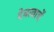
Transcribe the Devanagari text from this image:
देवत्वाचें